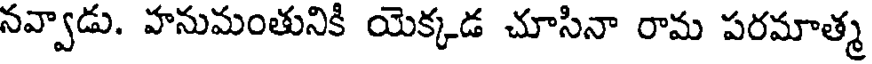
నవ్వాడు. హనుమంతునికి యెక్కడ చూసినా రామ పరమాత్మ